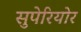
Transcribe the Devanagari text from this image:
सुपेरियोर